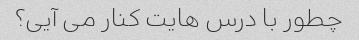
چطور با درس هایت کنار می آیی؟